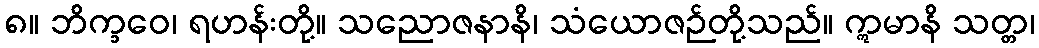
၈။ ဘိက္ခဝေ၊ ရဟန်းတို့။ သညောဇနာနိ၊ သံယောဇဉ်တို့သည်။ ဣမာနိ သတ္တ၊